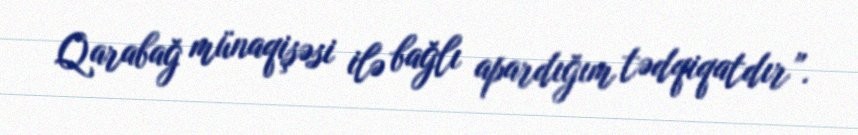
Qarabağ münaqişəsi ilə bağlı apardığım tədqiqatdır”.